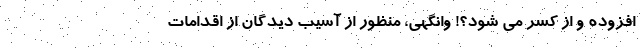
افزوده و از کسر می شود؟! وانگهی، منظور از آسیب دیدگان از اقدامات